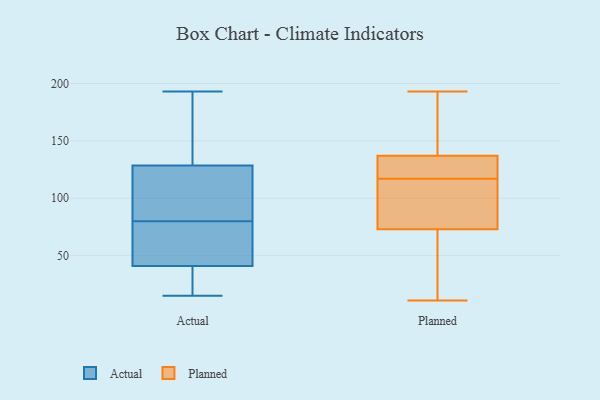
{"axis": {"x": "Gross Profit (USD K)", "y": "Value"}, "legend": ["Actual", "Planned"], "data": [{"x": "", "y": 22, "type": "Actual"}, {"x": "", "y": 130, "type": "Actual"}, {"x": "", "y": 35, "type": "Actual"}, {"x": "", "y": 104, "type": "Actual"}, {"x": "", "y": 15, "type": "Actual"}, {"x": "", "y": 161, "type": "Actual"}, {"x": "", "y": 127, "type": "Actual"}, {"x": "", "y": 83, "type": "Actual"}, {"x": "", "y": 116, "type": "Actual"}, {"x": "", "y": 56, "type": "Actual"}, {"x": "", "y": 102, "type": "Actual"}, {"x": "", "y": 165, "type": "Actual"}, {"x": "", "y": 148, "type": "Actual"}, {"x": "", "y": 49, "type": "Actual"}, {"x": "", "y": 77, "type": "Actual"}, {"x": "", "y": 193, "type": "Actual"}, {"x": "", "y": 47, "type": "Actual"}, {"x": "", "y": 31, "type": "Actual"}, {"x": "", "y": 70, "type": "Actual"}, {"x": "", "y": 26, "type": "Actual"}, {"x": "", "y": 104, "type": "Planned"}, {"x": "", "y": 111, "type": "Planned"}, {"x": "", "y": 132, "type": "Planned"}, {"x": "", "y": 123, "type": "Planned"}, {"x": "", "y": 137, "type": "Planned"}, {"x": "", "y": 168, "type": "Planned"}, {"x": "", "y": 11, "type": "Planned"}, {"x": "", "y": 193, "type": "Planned"}, {"x": "", "y": 71, "type": "Planned"}, {"x": "", "y": 73, "type": "Planned"}]}